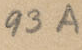
93A